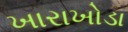
ખારાખોડા